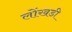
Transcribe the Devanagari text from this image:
लोंखडी